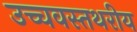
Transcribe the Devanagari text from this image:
उच्चवस्तथरीय